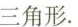
三角形.